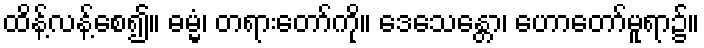
ထိန့်လန့်စေ၍။ ဓမ္မံ၊ တရားတော်ကို။ ဒေသေန္တော၊ ဟောတော်မူရာ၌။